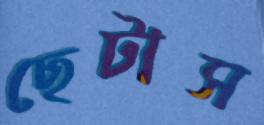
ছেটাস